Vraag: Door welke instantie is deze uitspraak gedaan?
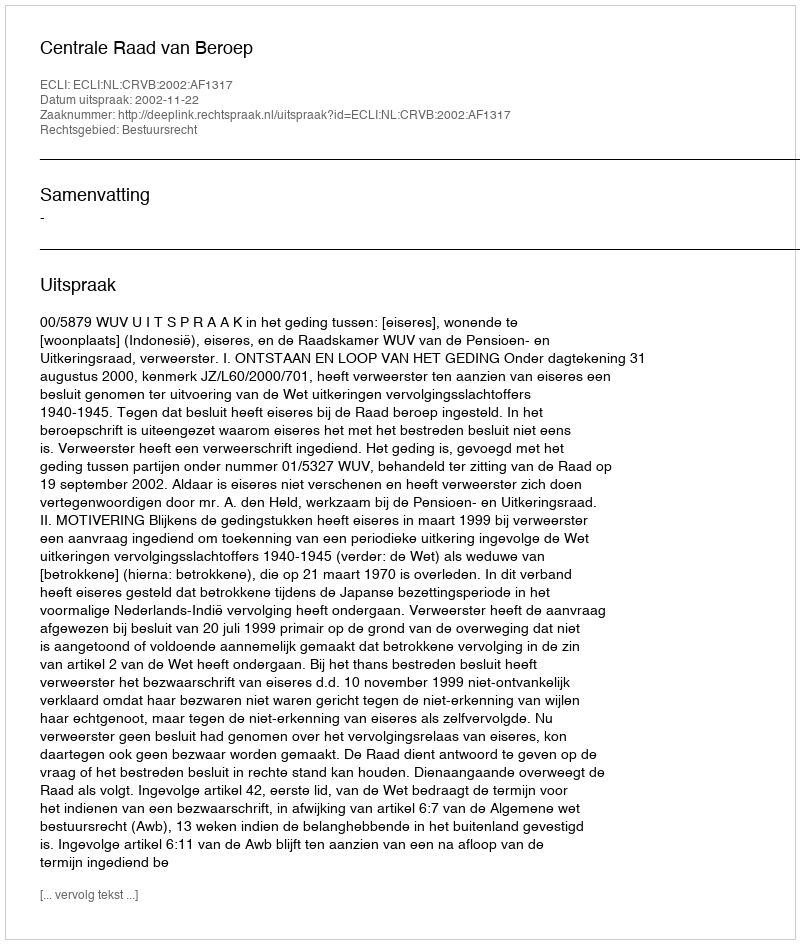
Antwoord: Centrale Raad van Beroep